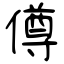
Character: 僔